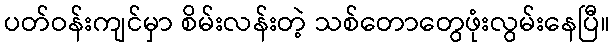
ပတ်ဝန်းကျင်မှာ စိမ်းလန်းတဲ့ သစ်တောတွေဖုံးလွမ်းနေပြီ။